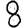
Digit: 8